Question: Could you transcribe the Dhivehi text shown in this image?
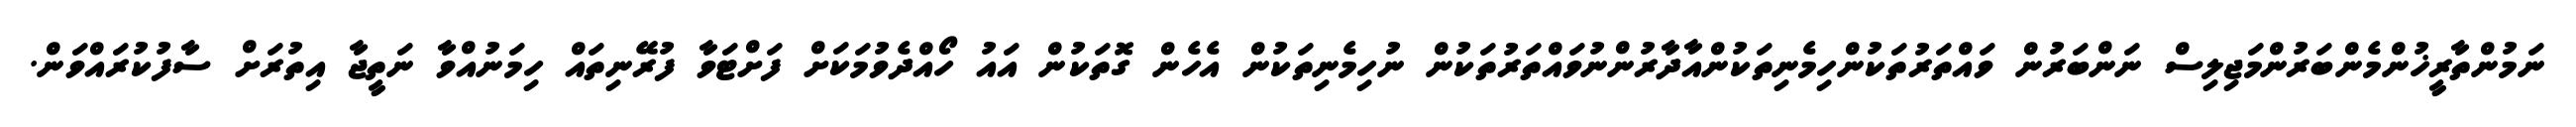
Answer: ނަމުންތާރީޚުންމެންބަރުންމަޖިލިސް ނަންބަރުން ވައްތަރުތަކުންހިމެނިތަކުންއާދާރުންނުވައްތަރުތަކުން ނުހިމެނިތަކުން އެހެން ގޮތަކުން އައު ހޯއްދެވުމަކަށް ފަށްޓަވާ ފުރޭނިތައް ހިމަނުއްވާ ނަތީޖާ އިތުރަށް ސާފުކުރައްވަން.